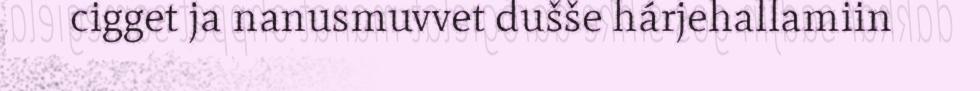
cigget ja nanusmuvvet dušše hárjehallamiin